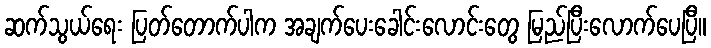
ဆက်သွယ်ရေး ပြတ်တောက်ပါက အချက်ပေးခေါင်းလောင်းတွေ မြည်ပြီးလောက်ပေပြီ။